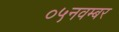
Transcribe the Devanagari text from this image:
०५नवम्बर